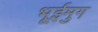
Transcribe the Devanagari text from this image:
भूईमुग